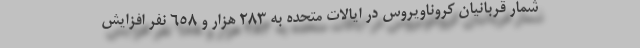
شمار قربانیان کروناویروس در ایالات متحده به ۲۸۳ هزار و ۶۵۸ نفر افزایش